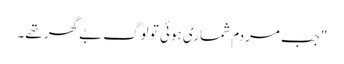
"جب مردم شماری ہوئی تو لوگ بے گھر تھے۔